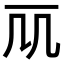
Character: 𠘲